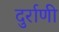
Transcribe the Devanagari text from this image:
दुर्राणी